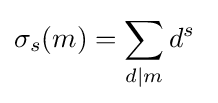
\sigma _{s}(m)=\sum _{d|m}d^{s}\